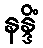
နန္ဒိံ